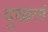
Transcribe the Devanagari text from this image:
दुखलं